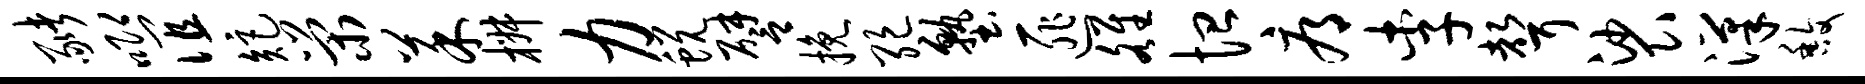
猪唧谊矩荣菜椒力蜕譬挽绝塾匪雒恤辱李声裟汉馥